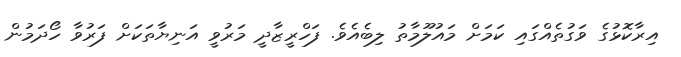
އިރާކޮޅުގެ ވަގުތެއްގައި ކަމަށް މައުލޫމާތު ލިބެއެވެ. ފަހްރީޒާދީ މަރުވީ އަނިޔާތަކަށް ފަރުވާ ހޯދަމުން